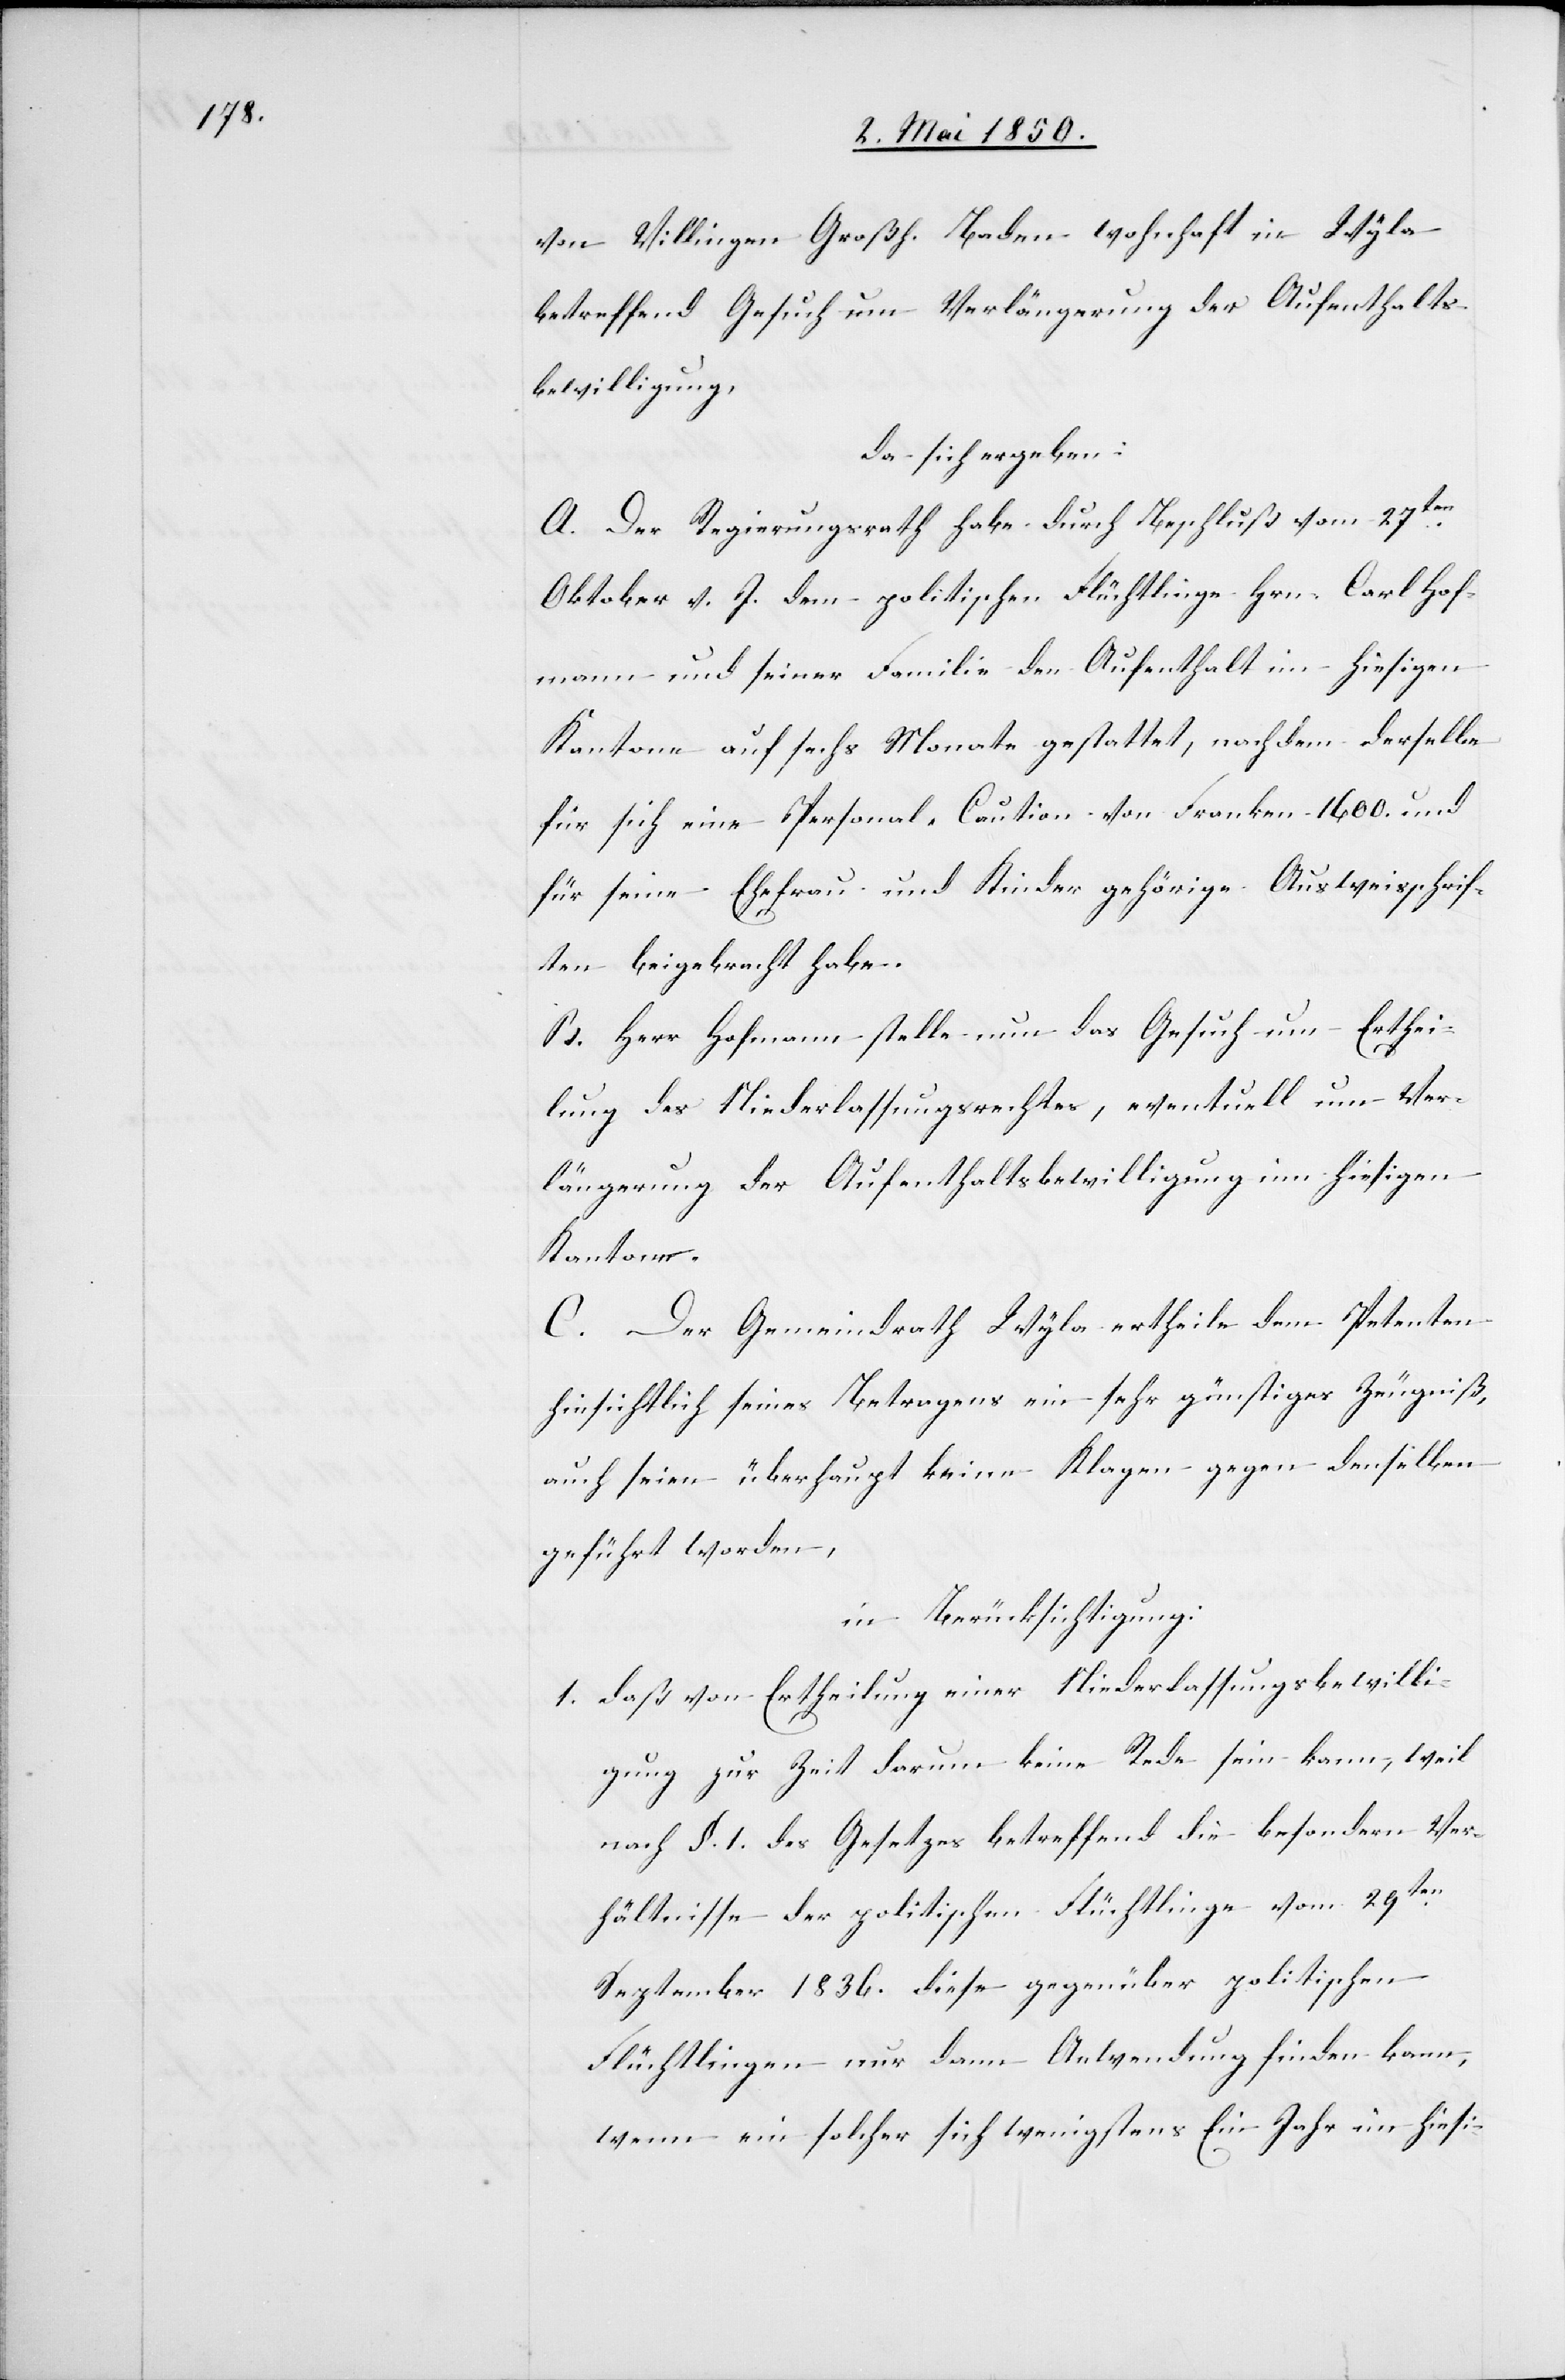
von Willingen Großh. Baden wohnhaft in Wyla
betreffend Gesuch um Verlängerung der Aufenthalts¬
bewilligung,
da sich ergeben:
A. Der Regierungsrath habe durch Beschluß vom 27ten
Oktober v. J. dem politischen Flüchtlinge Hrn. Carl Hof¬
mann und seiner Familie den Aufenthalt im hiesigen
Kantone auf sechs Monate gestattet, nachdem derselbe
für sich eine Personal-Caution von Franken 1600. und
für seine Ehefrau und Kinder gehörige Ausweisschrif¬
ten beigebracht habe.
B. Herr Hofmann stelle nun das Gesuch um Erthei¬
lung des Niederlassungsrechtes, eventuell um Ver¬
längerung der Aufenthaltsbewilligung im hiesigen
Kantone.
C. Der Gemeindrath Wyla ertheile dem Petenten
hinsichtlich seines Betragens ein sehr günstiges Zeugniß,
auch seien überhaupt keine Klagen gegen denselben
geführt worden,
in Berücksichtigung:
1. daß von Ertheilung einer Niederlassungsbewilli¬
gung zur Zeit darum keine Rede sein kann, weil
nach §. 1. des Gesetzes betreffend die besondern Ver¬
hältnisse der politischen Flüchtlinge vom 29ten
September 1836. diese gegenüber politischen
Flüchtlingen nur dann Anwendung finden kann,
wenn ein solcher sich wenigstens Ein Jahr im hiesi-